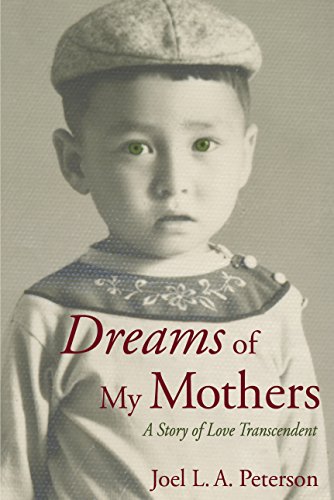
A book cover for Dreams Of My Mothers: A Story Of Love Transcendent; Joel L. A. Peterson; Literature & Fiction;